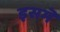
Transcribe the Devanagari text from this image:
इसमॆं